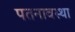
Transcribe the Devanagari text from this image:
पतनावस्था